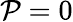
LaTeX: \mathcal{P}=0